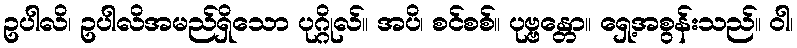
ဥပါလိ၊ ဥပါလိအမည်ရှိသော ပုဂ္ဂိုလ်။ အပိ၊ စင်စစ်။ ပုဗ္ဗန္တော။ ရှေ့အစွန်းသည်။ ဝါ၊